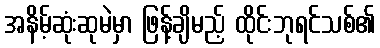
အနိမ့်ဆုံးဆုမဲမှာ ဖြန့်ချိမည့် ထိုင်းဘုရင်သစ်၏